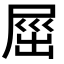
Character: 𡲒